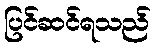
ပြင်ဆင်ရသည်